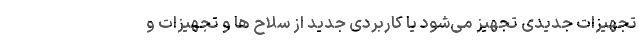
تجهیزات جدیدی تجهیز می‌شود یا کاربردی جدید از سلاح ها و تجهیزات و